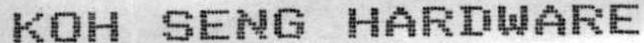
KOH SENG HARDWARE